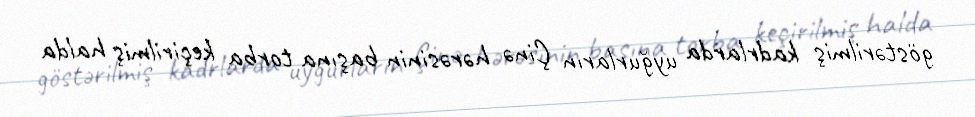
göstərilmiş kadrlarda uyğurların Çinə hərəsinin başına torba keçirilmiş halda